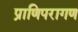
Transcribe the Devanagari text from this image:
प्राणिपरागण